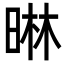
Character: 晽